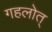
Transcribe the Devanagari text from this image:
गहलोत्